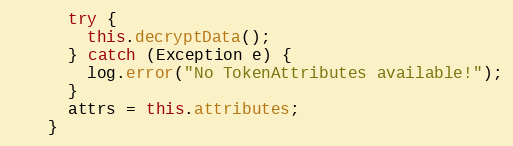
Language: Java
      try {
        this.decryptData();
      } catch (Exception e) {
        log.error("No TokenAttributes available!");
      }
      attrs = this.attributes;
    }